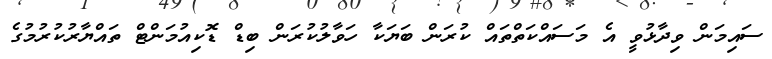
ސައިމަން ވިދާޅުވީ އެ މަސައްކަތްތައް ކުރަން ބަޔަކާ ހަވާލުކުރަން ބިޑް ޑޮކިއުމަންޓް ތައްޔާރުކުރުމުގެ